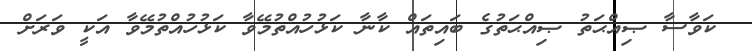
ކަވާސާ ޞިއްޙަތު ޞިއްޙަތުގެ ބައިތައް ކާނާ ކަޅުހުއްތުމޭވާ ކަޅުހުއްތުމޭވާ އަކީ ވަރަށް